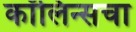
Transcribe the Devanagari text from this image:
कॉलिन्सचा